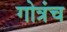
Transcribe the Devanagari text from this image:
गोत्रंच